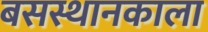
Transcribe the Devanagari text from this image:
बसस्थानकाला